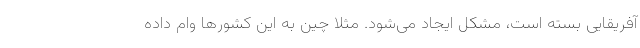
آفریقایی بسته است، مشکل ایجاد می‌شود. مثلا چین به این کشورها وام داده